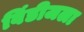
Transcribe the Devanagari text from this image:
विंडीजला